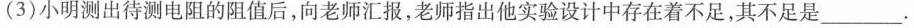
(3)小明测出待测电阻的阻值后，向老师汇报，老师指出他实验设计中存在着不足，其不足是______。